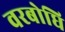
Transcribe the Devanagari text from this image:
वरबोधि